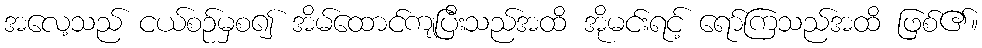
အလေ့သည် ငယ်စဉ်မှစ၍ အိမ်ထောင်ကျပြီးသည်အထိ အိုမင်းရင့် ရော်ကြသည်အထိ ဖြစ်၏။